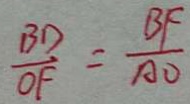
\frac { B D } { O F } = \frac { B F } { A O }